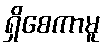
ရှိစေကာမူ